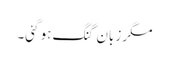
مگر زبان گنگ ہو گئی۔